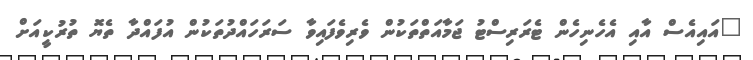
"އައިއެސް އާއި އެހެނިހެން ޓެރަރިސްޓު ޖަމާއަތްތަކުން ވެރިވެފައިވާ ސަރަހައްދުތަކުން އުފައްދާ ތެޔޮ ތުރުކީއަށް